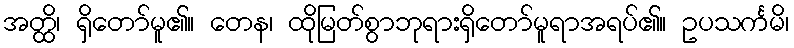
အတ္ထိ၊ ရှိတော်မူ၏။ တေန၊ ထိုမြတ်စွာဘုရားရှိတော်မူရာအရပ်၏။ ဥပသင်္ကမိ၊